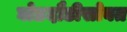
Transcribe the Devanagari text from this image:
घोडदौडीसोबत